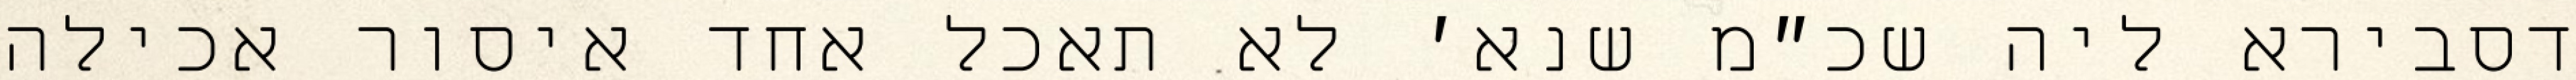
דסבירא ליה שכ״מ שנא׳ לא תאכל אחד איסור אכילה